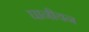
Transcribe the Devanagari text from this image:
घानीयन